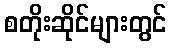
စတိုးဆိုင်များတွင်